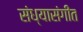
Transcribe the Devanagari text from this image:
संध्यासंगीत